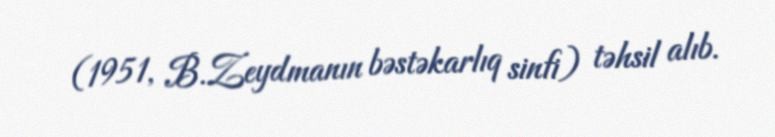
(1951, B.Zeydmanın bəstəkarlıq sinfi) təhsil alıb.